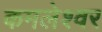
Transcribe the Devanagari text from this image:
कमलेश्‍वर